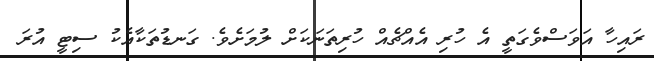
ރައިހާ އަވަސްވެގަތީ އެ ހުރި އެއްޗެއް ހުރިތަނަކަށް ލުމަށެވެ. ގަނޑުތަކާއެކު ސިޓީ އުރަ